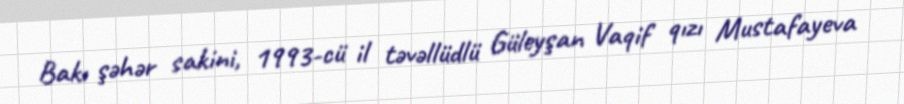
Bakı şəhər sakini, 1993-cü il təvəllüdlü Güleyşan Vaqif qızı Mustafayeva